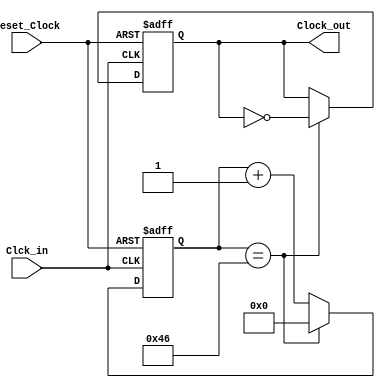
module Divisor_Clock_ADC(
 input wire Clck_in,
 input wire reset_Clock,
 output reg Clock_out
 ); 
 
 
 reg [6:0] contador ; 

 
always @(posedge Clck_in,posedge reset_Clock) 
 begin
      if (reset_Clock)
		   begin
		   Clock_out <= 0;
			contador <= 0;
			end 
      else
          begin		
		    if (contador == 7'd70)  
		        begin                    
			     contador <=7'd0;       
		        Clock_out <= ~Clock_out;
		        end 
		     else 
		        contador <= contador + 1'b1; 
          end 
 end 
 
 
endmodule